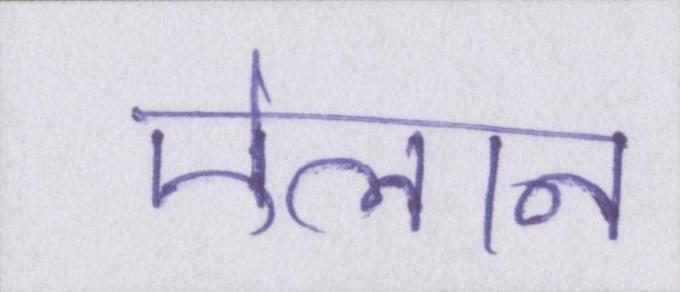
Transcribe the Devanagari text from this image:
ऐलान